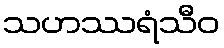
သဟဿရံသီဝ